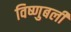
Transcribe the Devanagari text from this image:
विष्णुबली